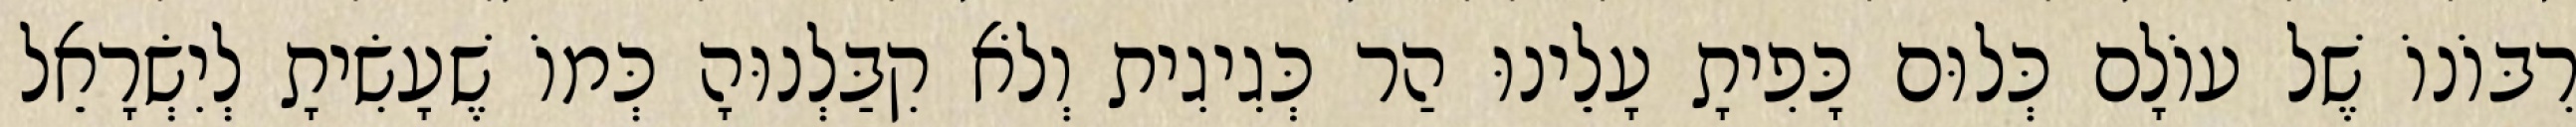
רִבּוֹנוֹ שֶׁל עוֹלָם כְּלוּם כָּפִיתָ עָלֵינוּ הַר כְּגִיגִית וְלֹא קִבַּלְנוּהָ כְּמוֹ שֶׁעָשִׂיתָ לְיִשְׂרָאֵל